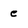
Character: e